Annual report of the Punjab Veterinary College and of the Civil Veterinary Department, Punjab - 1894-1908
Year: 1894
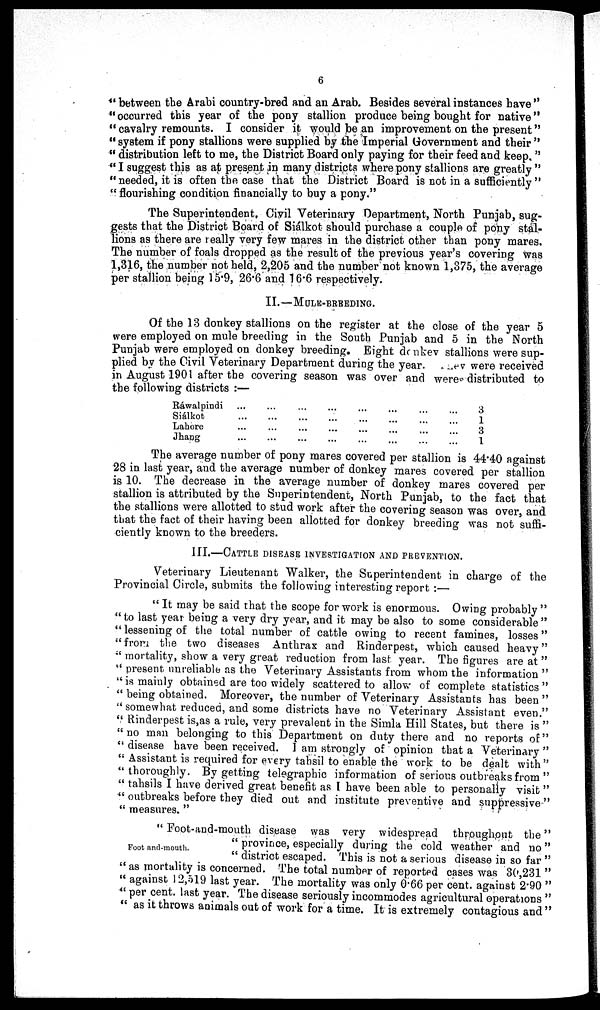
6
" between the Arabi country-bred and an Arab. Besides several instances have"
"occurred this year of the pony stallion produce being bought for native"
"cavalry remounts. I consider it would be an improvement on the present"
"system if pony stallions were supplied by the Imperial Government and their"
"distribution left to me, the District Board only paying for their feed and keep."
"I suggest this as at present in many districts where pony stallions are greatly"
"needed, it is often the case that the District Board is not in a sufficiently"
"flourishing condition financially to buy a pony."
The Superintendent. Civil Veterinary Department, North Punjab, sug-
gests that the District Board of Siálkot should purchase a couple of pony stal-
lions as there are really very few mares in the district other than pony mares.
The number of foals dropped as the result of the previous year's covering was
1,316, the number not held, 2,205 and the number not known 1,375, the average
per stallion being 15.9, 26.6 and 16.6 respectively.
II.—MULE-BREEDING.
Of the 13 donkey stallions on the register at the close of the year 5
were employed on mule breeding in the South Punjab and 5 in the North
Punjab were employed on donkey breeding. Eight donkey stallions were sup-
plied by the Civil Veterinary Department during the year. They were received
in August 1901 after the covering season was over and were distributed to
the following districts:—
Rawalpindi ... ... ... ... ... ... ... ... ...
Siálkot ... ... ... ... ... ... ... ... ...
Lahore ... ... ... ... ... ... ... ... ...
Jhang ... ... ... ... ... ... ... ... ...
3
1
3
1
The average number of pony mares covered per stallion is 44.40 against
28 in last year, and the average number of donkey mares covered per stallion
is 10. The decrease in the average number of donkey mares covered per
stallion is attributed by the Superintendent, North Punjab, to the fact that
the stallions were allotted to stud work after the covering season was over, and
that the fact of their having been allotted for donkey breeding was not suffi-
ciently known to the breeders.
III.—CATTLE DISEASE INVESTIGATION AND PREVENTION.
Veterinary Lieutenant Walker, the Superintendent in charge of the
Provincial Circle, submits the following interesting report:—
"It may be said that the scope for work is enormous. Owing probably"
"to last year being a very dry year, and it may be also to some considerable"
"lessening of the total number of cattle owing to recent famines, losses"
"from the two diseases Anthrax and Rinderpest, which caused heavy"
" mortality, show a very great reduction from last year. The figures are at"
" present unreliable as the Veterinary Assistants from whom the information"
"is mainly obtained are too widely scattered to allow of complete statistics"
" being obtained. Moreover, the number of Veterinary Assistants has been"
"somewhat reduced, and some districts have no Veterinary Assistant even."
" Rinderpest is,as a rule, very prevalent in the Simla Hill States, but there is"
"no man belonging to this Department on duty there and no reports of"
"disease have been received. I am strongly of opinion that a Veterinary "
"Assistant is required for every tahsil to enable the work to be dealt with"
"thoroughly. By getting telegraphic information of serious outbreaks from"
"tahsils I have derived great benefit as I have been able to personally visit"
"outbreaks before they died out and institute preventive and suppressive"
"measures."
Foot and-mouth.
"Foot-and-mouth disease was very widespread throughout the"
" province, especially during the cold weather and no "
"district escaped. This is not a serious disease in so far"
"as mortality is concerned. The total number of reported cases was 30,231"
"against 12,519 last year. The mortality was only 0.66 per cent. against 2.90"
"per cent. last year. The disease seriously incommodes agricultural operations"
"as it throws animals out of work for a time. It is extremely contagious and"